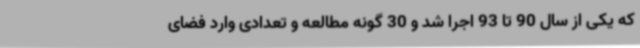
که یکی از سال 90 تا 93 اجرا شد و 30 گونه مطالعه و تعدادی وارد فضای